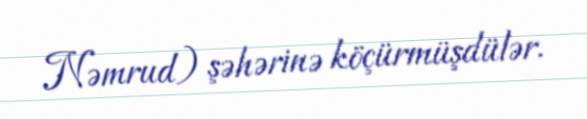
Nəmrud) şəhərinə köçürmüşdülər.